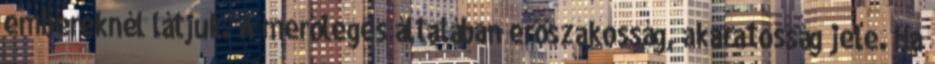
embereknél látjuk. A merőleges általában erőszakosság, akaratosság jele. Ha